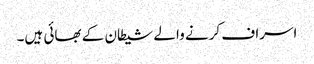
اسراف کرنے والے شیطان کے بھائی ہیں۔